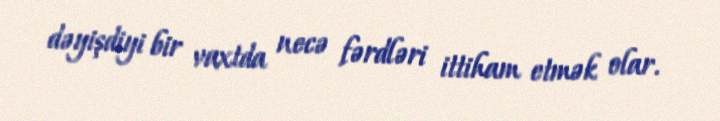
dəyişdiyi bir vaxtda necə fərdləri ittiham etmək olar.